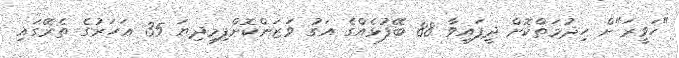
"ހަވީރަ"ށް ހިދުމަތްކޮށް ދީފައިވާ 88 ބޭފުޅެއްގެ އަގު ވަޒަންކޮށްފިމިދިޔަ 35 އަހަރުގެ ތެރޭގައި